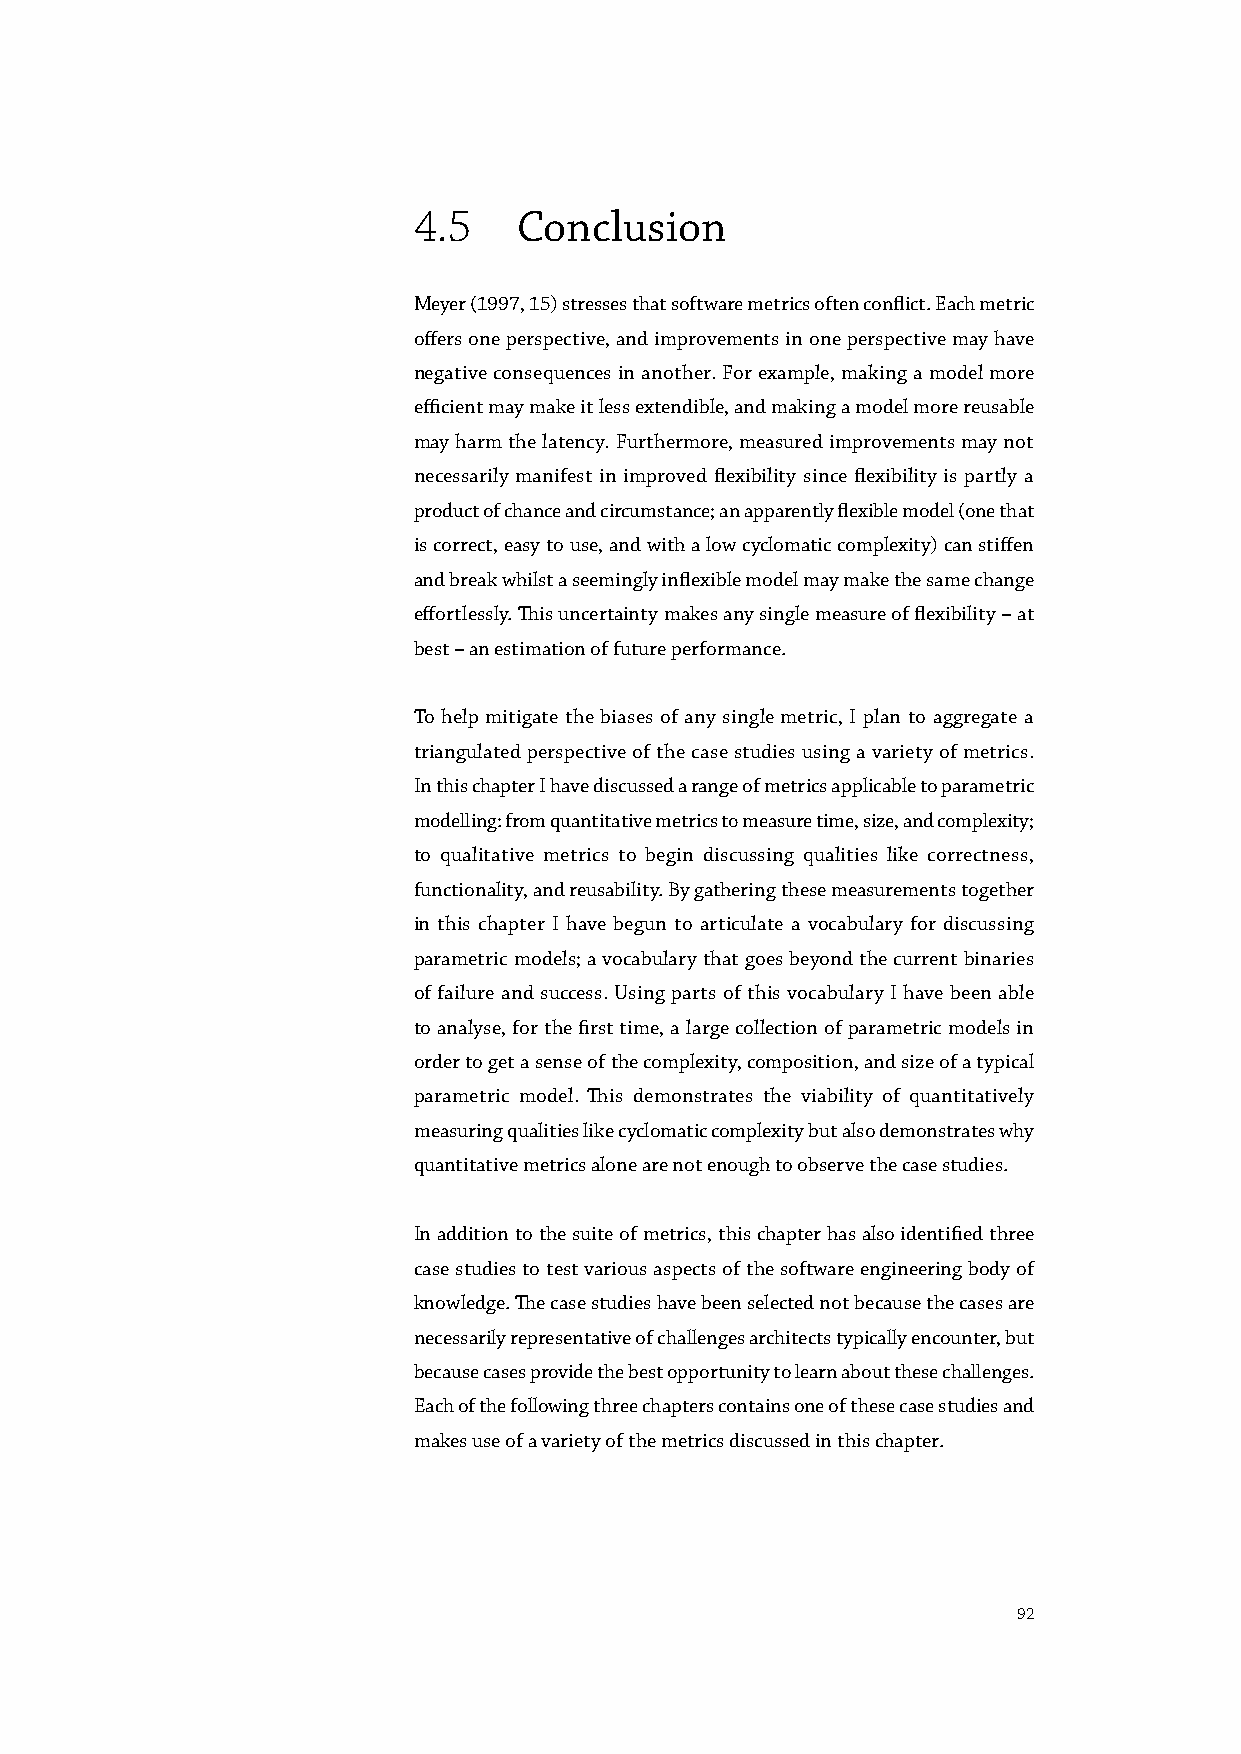
4.5    Conclusion
 Meyer (1997, 15) stresses that software metrics often conflict. Each metric
 offers one perspective, and improvements in one perspective may have
 negative consequences in another. For example, making a model more
 efficient may make it less extendible, and making a model more reusable
 may harm the latency. Furthermore, measured improvements may not
 necessarily manifest in improved flexibility since flexibility is partly a
 product of chance and circumstance; an apparently flexible model (one that
 is correct, easy to use, and with a low cyclomatic complexity) can stiffen
 and break whilst a seemingly inflexible model may make the same change
 effortlessly. This uncertainty makes any single measure of flexibility – at
 best – an estimation of future performance.
 To help mitigate the biases of any single metric, I plan to aggregate a
 triangulated perspective of the case studies using a variety of metrics.
 In this chapter I have discussed a range of metrics applicable to parametric
 modelling: from quantitative metrics to measure time, size, and complexity;
 to qualitative metrics to begin discussing qualities like correctness,
 functionality, and reusability. By gathering these measurements together
 in this chapter I have begun to articulate a vocabulary for discussing
 parametric models; a vocabulary that goes beyond the current binaries
 of failure and success. Using parts of this vocabulary I have been able
 to analyse, for the first time, a large collection of parametric models in
 order to get a sense of the complexity, composition, and size of a typical
 parametric model. This demonstrates the viability of quantitatively
 measuring qualities like cyclomatic complexity but also demonstrates why
 quantitative metrics alone are not enough to observe the case studies.
 In addition to the suite of metrics, this chapter has also identified three
 case studies to test various aspects of the software engineering body of
 knowledge. The case studies have been selected not because the cases are
 necessarily representative of challenges architects typically encounter, but
 because cases provide the best opportunity to learn about these challenges.
 Each of the following three chapters contains one of these case studies and
 makes use of a variety of the metrics discussed in this chapter.
 92